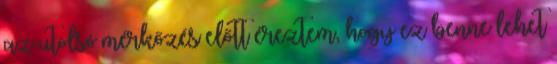
az utolsó mérkőzés előtt éreztem, hogy ez benne lehet